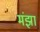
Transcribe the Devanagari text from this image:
मंझा